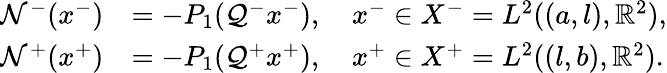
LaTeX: \begin{array}{rl}{\mathcal{N}^{-}(x^{-})}&{=-P_{1}(\mathcal{Q}^{-}x^{-}),\quad x^{-}\in X^{-}=L^{2}((a,l),\mathbb{R}^{2}),}\\ {\mathcal{N}^{+}(x^{+})}&{=-P_{1}(\mathcal{Q}^{+}x^{+}),\quad x^{+}\in X^{+}=L^{2}((l,b),\mathbb{R}^{2}).}\end{array}